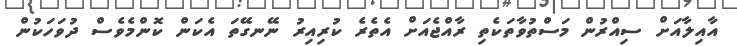
އާއިލާއަށް ސިއްރުން މަސްތުވާތަކެތި ރާއްޖެއަށް އެތެރެ ކުރިއިރު ނޭނގޭތަ އެކަން ކޮންމެވެސް ދުވަހަކުން